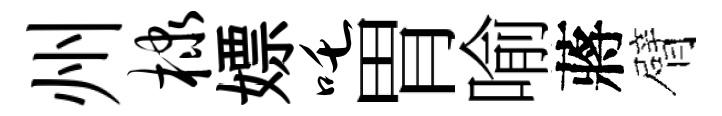
州棣嫖吒胃喻蔣臂